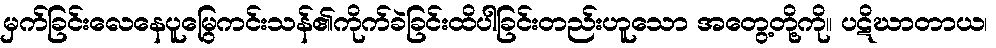
မှက်ခြင်းလေနေပူမြွေကင်းသန်၏ကိုက်ခဲခြင်းထိပါခြင်းတည်းဟူသော အတွေ့တို့ကို။ ပဋိဃာတာယ၊